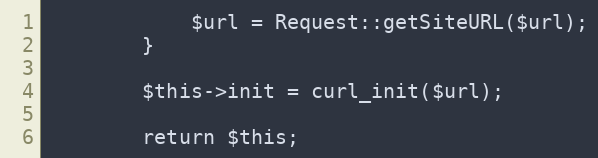
Language: PHP
            $url = Request::getSiteURL($url);
        }

        $this->init = curl_init($url);

        return $this;